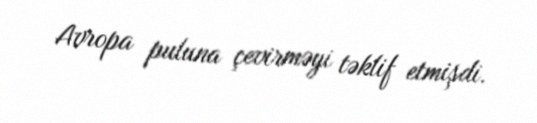
Avropa puluna çevirməyi təklif etmişdi.